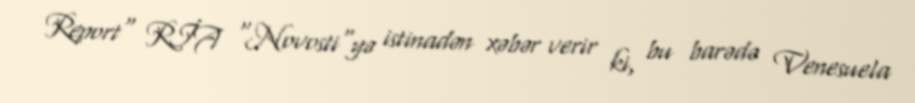
Report" RİA "Novosti"yə istinadən xəbər verir ki, bu barədə Venesuela